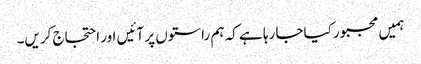
ہمیں مجبور کیاجا رہا ہے کہ ہم راستوں پر آئیں اور احتجاج کریں۔